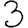
Digit: 3